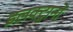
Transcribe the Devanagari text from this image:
इलक्ट्रानों